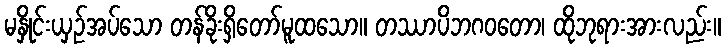
မနှိုင်းယှဉ်အပ်သော တန်ခိုးရှိတော်မူထသော။ တဿာပိဘဂဝတော၊ ထိုဘုရားအားလည်း။